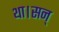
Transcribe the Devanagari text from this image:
था।सन्